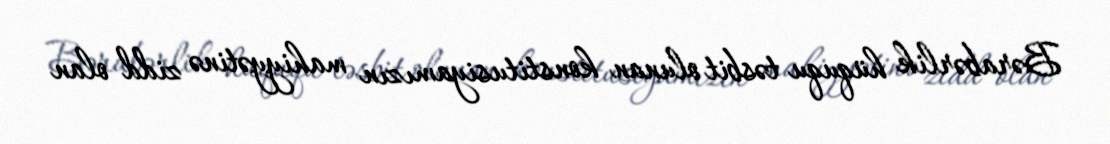
Bərabərlik hüququ təsbit olunan konstitusiyamızın mahiyyətinə zidd olan